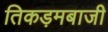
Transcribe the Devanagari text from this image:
तिकड़मबाजी